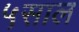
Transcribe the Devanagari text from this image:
५साल